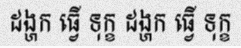
ដង្ហក ធ្វើ ទុក្ខ ដង្ហក ធ្វើ ទុក្ខ